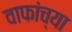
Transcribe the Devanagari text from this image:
वाफांच्या